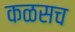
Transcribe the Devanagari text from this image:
कळसच